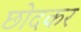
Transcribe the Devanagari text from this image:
छोदकर